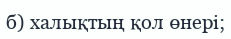
б) халықтың қол өнері;